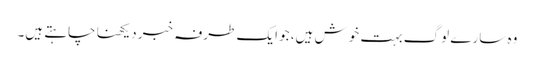
وہ سارے لوگ بہت خوش ہیں، جو ایک طرفہ خبر دیکھنا چاہتے ہیں۔